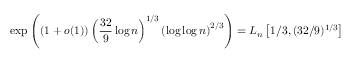
\exp \left( \left( 1 + o ( 1 ) \right) \left( { \frac { 3 2 } { 9 } } \log n \right) ^ { 1 / 3 } \left( \log \log n \right) ^ { 2 / 3 } \right) = L _ { n } \left[ 1 / 3 , ( 3 2 / 9 ) ^ { 1 / 3 } \right]